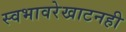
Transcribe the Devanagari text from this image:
स्वभावरेखाटनही